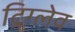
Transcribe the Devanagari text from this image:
ट्रिग्लेव